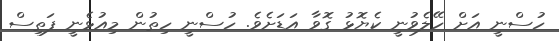
ހުސްނީ އަށް ހޭލެވުނީ ކެޔޮޅު ގޮވާ އަޑަށެވެ. ހުސްނީ ހިތުން މިއުޅެނީ ފަތިސް